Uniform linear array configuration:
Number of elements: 64
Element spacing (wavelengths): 0.25
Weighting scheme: hann
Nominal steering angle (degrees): -60
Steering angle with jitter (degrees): -58.03
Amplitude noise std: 0.05
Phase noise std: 0.05

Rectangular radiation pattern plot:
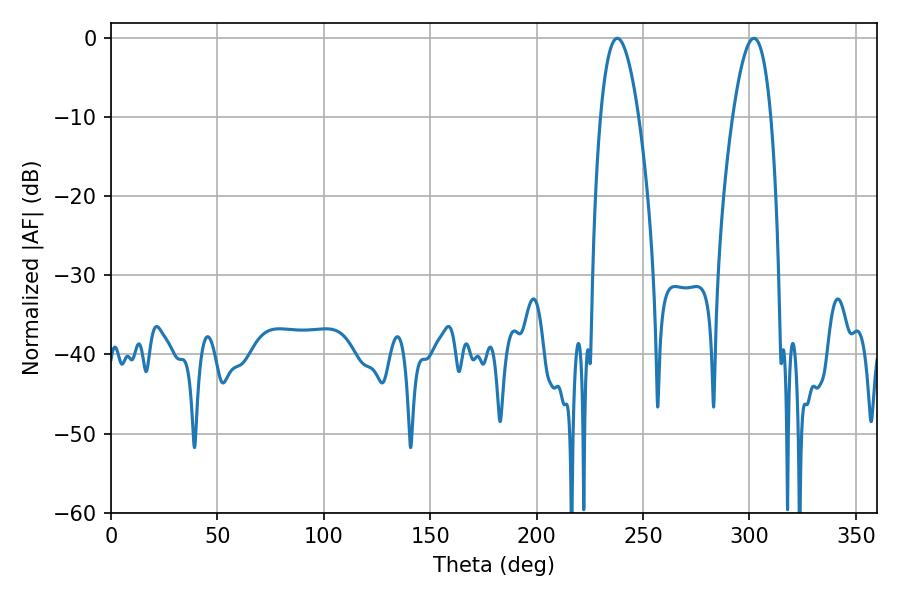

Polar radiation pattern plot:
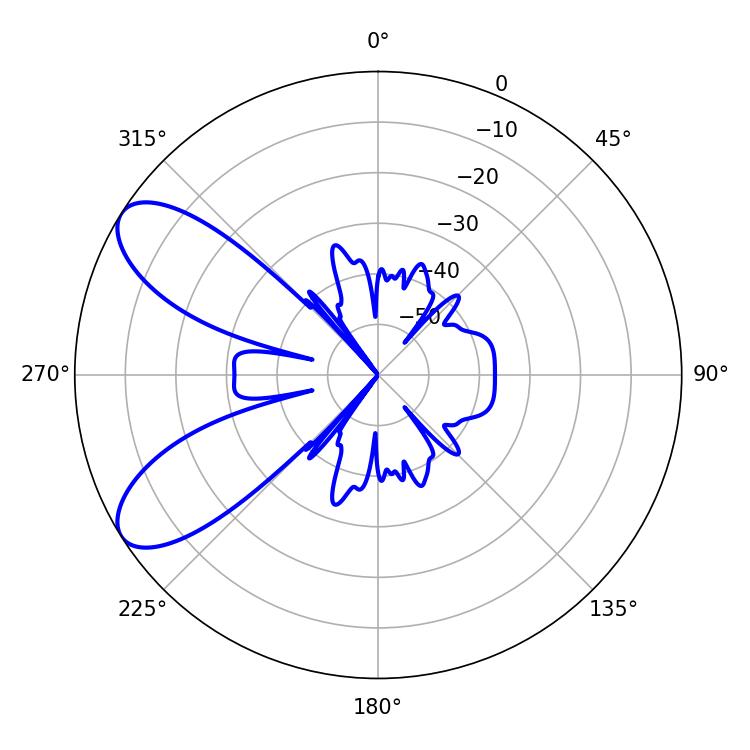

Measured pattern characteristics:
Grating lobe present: FALSE
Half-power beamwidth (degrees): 9.9
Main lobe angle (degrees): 302.04